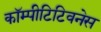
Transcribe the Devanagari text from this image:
कॉम्पीटिटिवनेस